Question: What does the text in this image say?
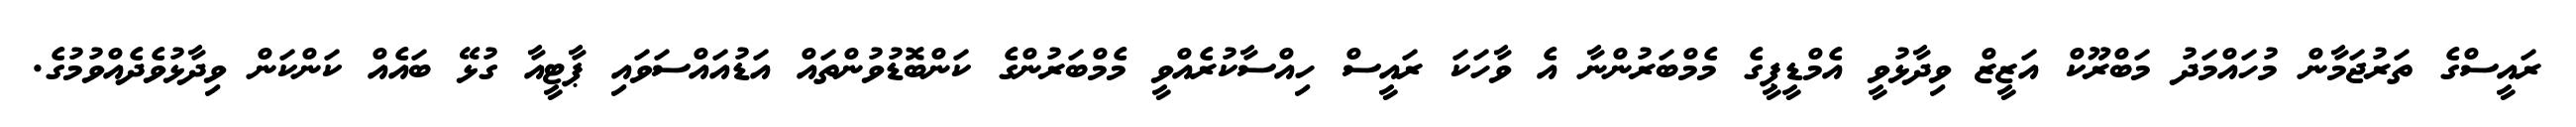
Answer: ރައީސްގެ ތަރުޖަމާން މުހައްމަދު މަބްރޫކް އަޒީޒް ވިދާޅުވީ އެމްޑީޕީގެ މެމްބަރުންނާ އެ ވާހަކަ ރައީސް ހިއްސާކުރެއްވީ މެމްބަރުންގެ ކަންބޮޑުވުންތައް އަޑުއައްސަވައި ޕާޓީއާ ގުޅޭ ބައެއް ކަންކަން ވިދާޅުވެދެއްވުމުގެ.